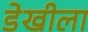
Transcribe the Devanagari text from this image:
डेखीला